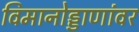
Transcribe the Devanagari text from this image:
विमानोड्डाणांवर